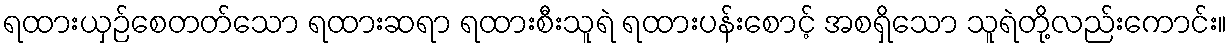
ရထားယှဉ်စေတတ်သော ရထားဆရာ ရထားစီးသူရဲ ရထားပန်းစောင့် အစရှိသော သူရဲတို့လည်းကောင်း။